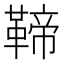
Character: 𩋣